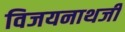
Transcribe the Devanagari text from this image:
विजयनाथजी